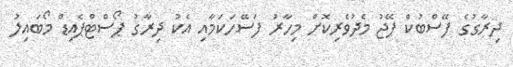
ދިރާގުގެ ފޭސްބުކް ޕޭޖު މެދުވެރިކޮށް މިހާރު ފަސޭހަކަމާއި އެކު ދިރާގު ޕޯސްޓްޕެއިޑް މޯބައިލު